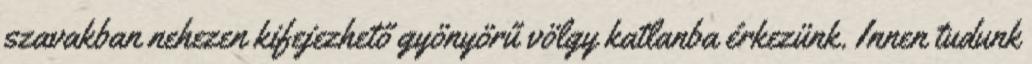
szavakban nehezen kifejezhető gyönyörű völgy katlanba érkezünk. Innen tudunk